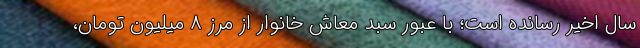
سال اخیر رسانده است؛ با عبور سبد معاش خانوار از مرز ۸ میلیون تومان،